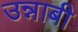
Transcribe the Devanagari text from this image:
उन्नाबी